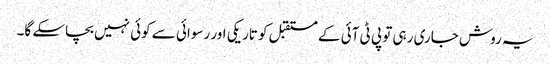
یہ روش جاری رہی تو پی ٹی آئی کے مستقبل کو تاریکی اور رسوائی سے کوئی نہیں بچاسکے گا۔